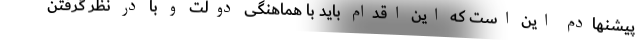
پیشنهادم این است که این اقدام باید با هماهنگی دولت و با در نظر گرفتن